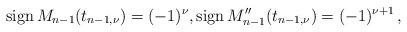
LaTeX: \begin{align*} \textrm{sign}\, M_{n-1} (t_{n-1,\nu}) = (-1)^\nu, \textrm{sign}\, M_{n-1}'' (t_{n-1,\nu}) = (-1)^{\nu+1}\, ,\end{align*}